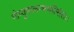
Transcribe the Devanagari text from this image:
गोप्युपालम्भभर्त्सितः।